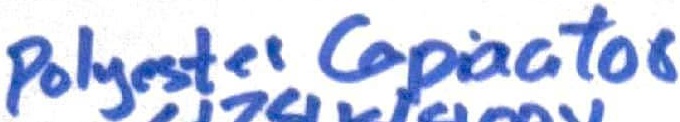
Text: Polyester Capacitor